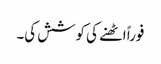
فوراً اٹھنے کی کوشش کی۔